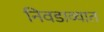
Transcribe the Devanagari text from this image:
निवडाव्यात